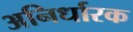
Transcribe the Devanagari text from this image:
अनिर्धारक